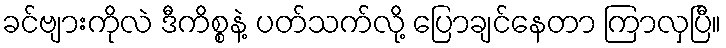
ခင်ဗျားကိုလဲ ဒီကိစ္စနဲ့ ပတ်သက်လို့ ပြောချင်နေတာ ကြာလှပြီ။